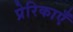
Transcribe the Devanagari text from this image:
प्रेरिकाएँ